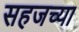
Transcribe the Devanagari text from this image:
सहजच्या